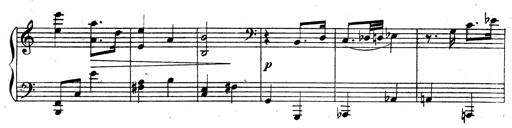
Title: 3 Sonatinas for Piano
Composer: Vissarion Shebalin